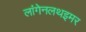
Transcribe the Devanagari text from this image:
लांगेनलथइमर